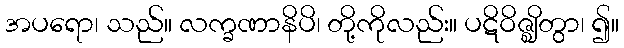
အပရော၊ သည်။ လက္ခဏာနိပိ၊ တို့ကိုလည်း။ ပဋိဝိဇ္ဈိတွာ၊ ၍။